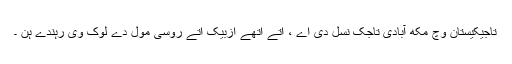
تاجیکیستان وچّ مکھ آبادی تاجک نسل دی اے ، اتے اتھے ازبیک اتے روسی مول دے لوک وی رہندے ہن ۔